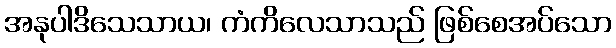
အနုပါဒိသေသာယ၊ ကံကိလေသာသည် ဖြစ်စေအပ်သော